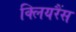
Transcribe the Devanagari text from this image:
क्लियरैंस